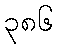
၃၈၆